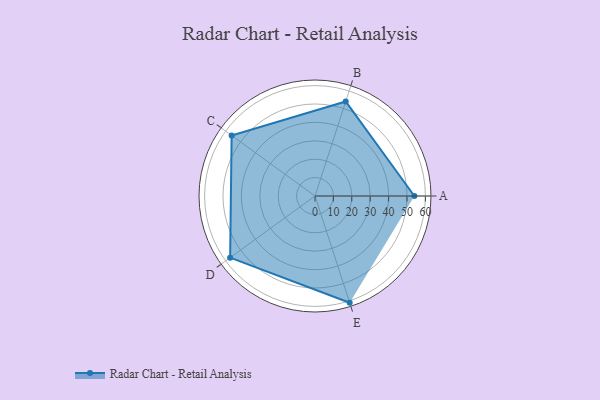
{"axis": {"x": "Skill", "y": "Score"}, "legend": ["Profile"], "data": [{"x": "A", "y": 54.0, "type": "Profile"}, {"x": "B", "y": 54.0, "type": "Profile"}, {"x": "C", "y": 56.0, "type": "Profile"}, {"x": "D", "y": 57.0, "type": "Profile"}, {"x": "E", "y": 61.0, "type": "Profile"}]}